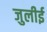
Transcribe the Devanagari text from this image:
जुलीई